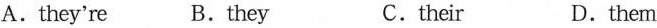
A.t hey're B. they C. their D.them